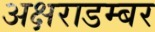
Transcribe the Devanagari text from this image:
अक्षराडम्बर